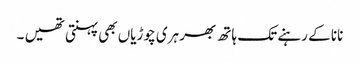
نانا کے رہنے تک ہاتھ بھر ہری چوڑیاں بھی پہنتی تھیں ۔